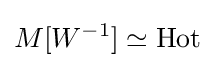
M[W^{-1}]\simeq {\text{Hot}}